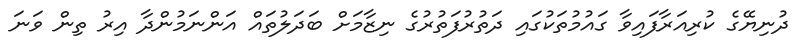
ދުނިޔޭގެ ކުރިއަރާފައިވާ ގައުމުތަކުގައި ދަތުރުފަތުރުގެ ނިޒާމަށް ބަދަލުތައް އަންނަމުންދާ އިރު ތިން ވަނަ